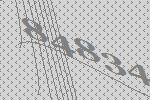
84834